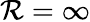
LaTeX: \mathcal{R}=\infty